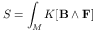
S = \int _ { M } K [ \mathbf { B } \wedge \mathbf { F } ]